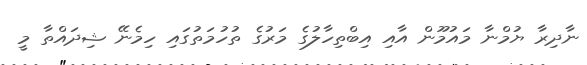
ނާދިރާ ޔުމްނާ މައުމޫން އާއި އިބްތިހާލުގެ މަރުގެ ތުހުމަތުގައި ހިމެނޭ ޝިދައްތާ މީ